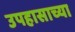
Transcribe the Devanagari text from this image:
उपहासाच्या